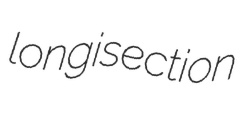
longisection